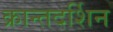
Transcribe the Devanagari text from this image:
क्रान्तदर्शिन